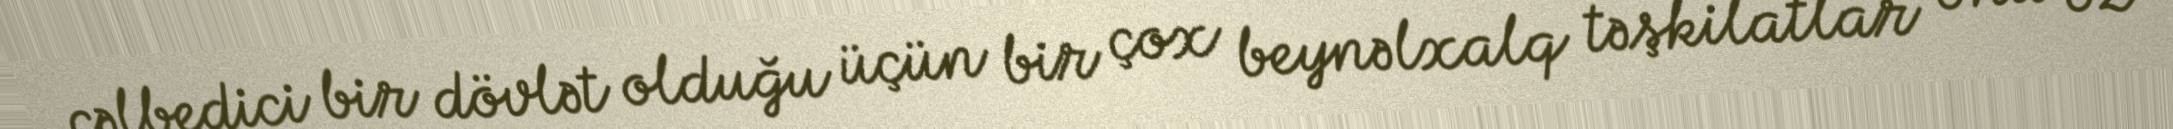
cəlbedici bir dövlət olduğu üçün bir çox beynəlxalq təşkilatlar onu öz